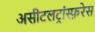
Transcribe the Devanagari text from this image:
असीटलट्रांस्फ़रेस